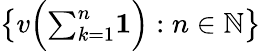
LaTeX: {\big\{ }v{\Big(}{\textstyle\sum_{k=1}^{n}}\mathbf{1}{\Big)}:n\in\mathbb{N}{\big\} }